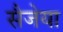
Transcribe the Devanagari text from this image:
सैजेया